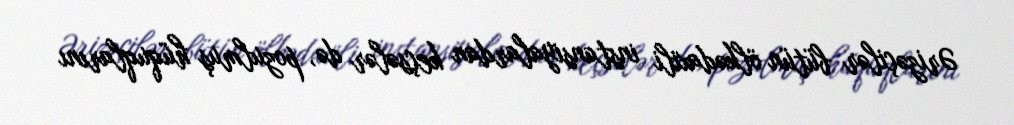
Ərizəçilər bütün ölkədaxili instansiyalardan keçsələr də, pozulmuş hüquqlarını